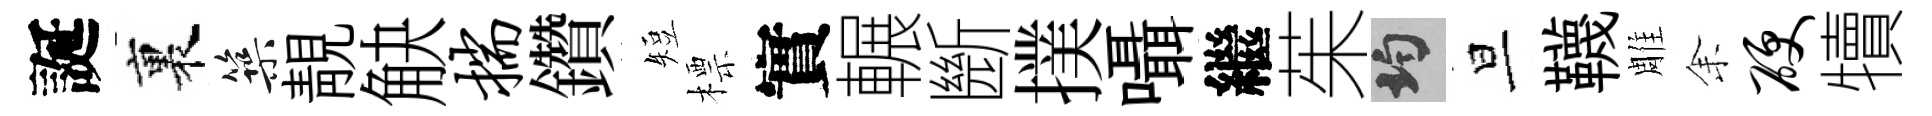
誕裏築靚觖揣鑽短標實輾㫁撲囁繼茱均旦韈雕𪜬硬犢